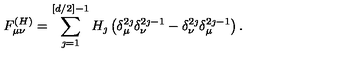
F _ { \mu \nu } ^ { ( H ) } = \sum _ { \jmath = 1 } ^ { [ d / 2 ] - 1 } H _ { \jmath } \left( \delta _ { \mu } ^ { 2 \jmath } \delta _ { \nu } ^ { 2 \jmath - 1 } - \delta _ { \nu } ^ { 2 \jmath } \delta _ { \mu } ^ { 2 \jmath - 1 } \right) .